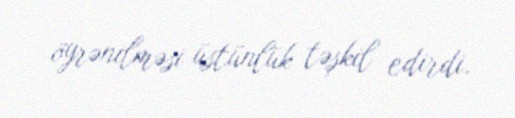
öyrənilməsi üstünlük təşkil edirdi.